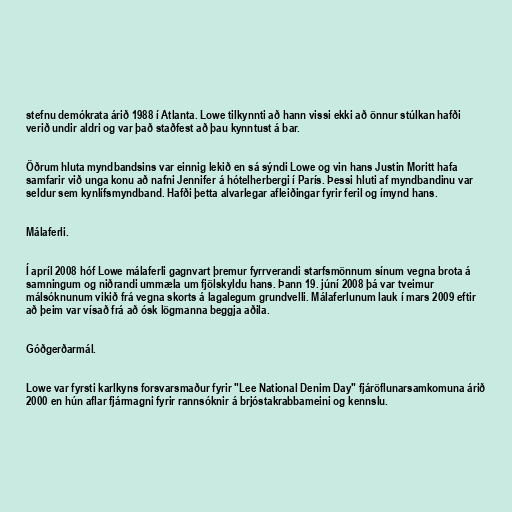
stefnu demókrata árið 1988 í Atlanta. Lowe tilkynnti að hann vissi ekki að önnur stúlkan hafði
verið undir aldri og var það staðfest að þau kynntust á bar.

Öðrum hluta myndbandsins var einnig lekið en sá sýndi Lowe og vin hans Justin Moritt hafa
samfarir við unga konu að nafni Jennifer á hótelherbergi í París. Þessi hluti af myndbandinu var
seldur sem kynlífsmyndband. Hafði þetta alvarlegar afleiðingar fyrir feril og ímynd hans.

Málaferli.

Í apríl 2008 hóf Lowe málaferli gagnvart þremur fyrrverandi starfsmönnum sínum vegna brota á
samningum og niðrandi ummæla um fjölskyldu hans. Þann 19. júní 2008 þá var tveimur
málsóknunum vikið frá vegna skorts á lagalegum grundvelli. Málaferlunum lauk í mars 2009 eftir
að þeim var vísað frá að ósk lögmanna beggja aðila.

Góðgerðarmál.

Lowe var fyrsti karlkyns forsvarsmaður fyrir "Lee National Denim Day" fjáröflunarsamkomuna árið
2000 en hún aflar fjármagni fyrir rannsóknir á brjóstakrabbameini og kennslu.